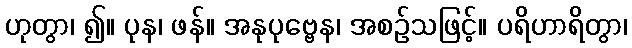
ဟုတွာ၊ ၍။ ပုန၊ ဖန်။ အနုပုဗ္ဗေန၊ အစဉ်သဖြင့်။ ပရိဟာရိတွာ၊